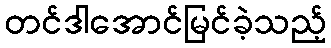
တင်ဒါအောင်မြင်ခဲ့သည့်